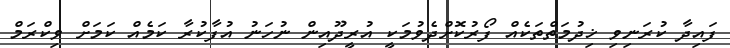
ފައިދާ ކުރަނިވި ޚިދުމަތްތަކެއް ފޯރުކޮށްދެވުމަކީ އުރީދޫއިން ނުހަނު އުފާކުރާ ކަމެއް ކަމަށް ވިކްރަމް